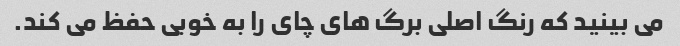
می بینید که رنگ اصلی برگ های چای را به خوبی حفظ می کند.